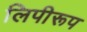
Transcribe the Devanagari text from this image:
लिपीरूप